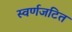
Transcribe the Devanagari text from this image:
स्वर्णजटित